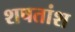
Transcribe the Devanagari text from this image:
शषतांश